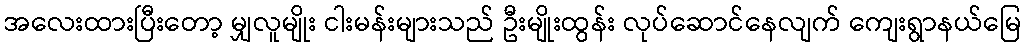
အလေးထားပြီးတော့ မျှလူမျိုး ငါးမန်းများသည် ဦးမျိုးထွန်း လုပ်ဆောင်နေလျက် ကျေးရွာနယ်မြေ